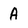
Character: 4